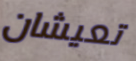
تعيشان